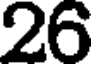
26